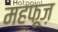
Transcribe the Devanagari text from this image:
महफ़ूज़